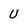
Character: U